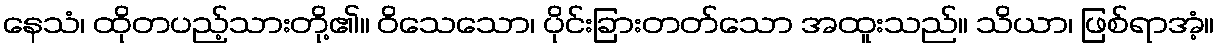
နေသံ၊ ထိုတပည့်သားတို့၏။ ဝိသေသော၊ ပိုင်းခြားတတ်သော အထူးသည်။ သိယာ၊ ဖြစ်ရာအံ့။